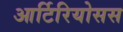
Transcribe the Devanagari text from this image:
आर्टिरियोसस